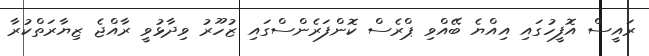
ރައީސް އޮފީހުގައި އިއްޔެ ބޭއްވި ޕްރެސް ކޮންފަރެެންސްގައި ޒުހޫރު ވިދާޅުވީ ރާއްޖެ ޒިޔާރަތްކުރާ